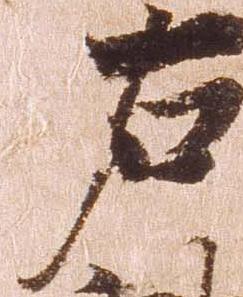
右